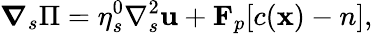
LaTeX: \boldsymbol{\nabla}_{s}\Pi=\eta_{s}^{0}\nabla_{s}^{2}\mathbf{u}+\mathbf{F}_{p}[c(\mathbf{x})-n],